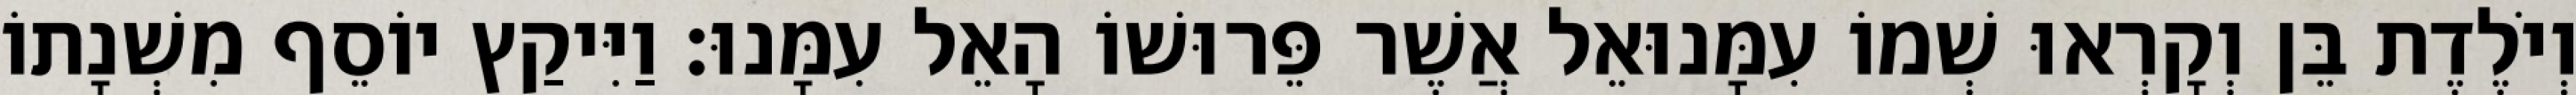
וְיֹלֶדֶת בֵּן וְקָרְאוּ שְׁמוֹ עִמָּנוּאֵל אֲשֶׁר פֵּרוּשׁוֹ הָאֵל עִמָּנוּ׃ וַיִּיקַץ יוֹסֵף מִשְׁנָתוֹ